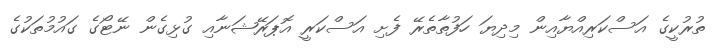
ތުރުކީގެ އަސްކަރިއްޔާއިން މިދިޔަ ހަފުތާތެރޭ ފެށި އަސްކަރީ އޮޕަރޭޝަނާއި ގުޅިގެން ނޭޓޯގެ ގައުމުތަކުގެ